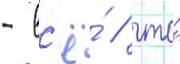
- вс'ё́ / что́